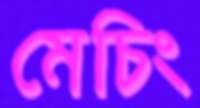
মেচিং